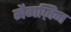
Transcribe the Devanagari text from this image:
मैगज़िन